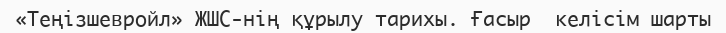
«Теңізшевройл» ЖШС-нің құрылу тарихы. Ғасыр  келісім шарты